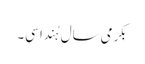
بِکرمی سال ہُندا سی۔